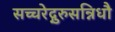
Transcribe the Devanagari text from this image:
सच्चरेद्गुरुसन्निधौ